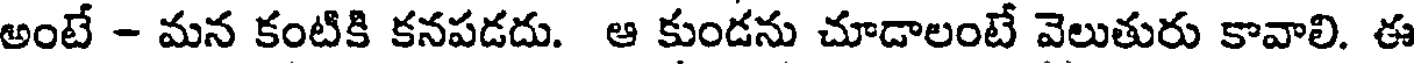
అంటే - మన కంటికి కనపడదు. ఆ కుండను చూడాలంటే వెలుతురు కావాలి. ఈ